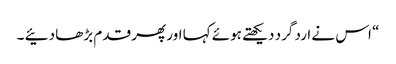
“ اس نے ارد گرد دیکھتے ہوئے کہا اور پھر قدم بڑھا دئیے ۔